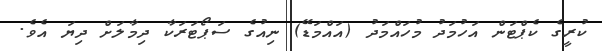
ކުރީގެ ކެޕްޓަން އަހުމަދު މުހައްމަދު (އައްމަޑޭ) ނިއުގެ ސަޕޯޓަރަކާ ދިމާލަށް ދިޔަ އެވެ.